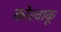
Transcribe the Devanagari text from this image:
कोरवाकू